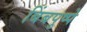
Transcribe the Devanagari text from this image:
बिंबपुष्पे